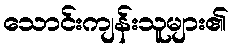
သောင်းကျန်းသူများ၏